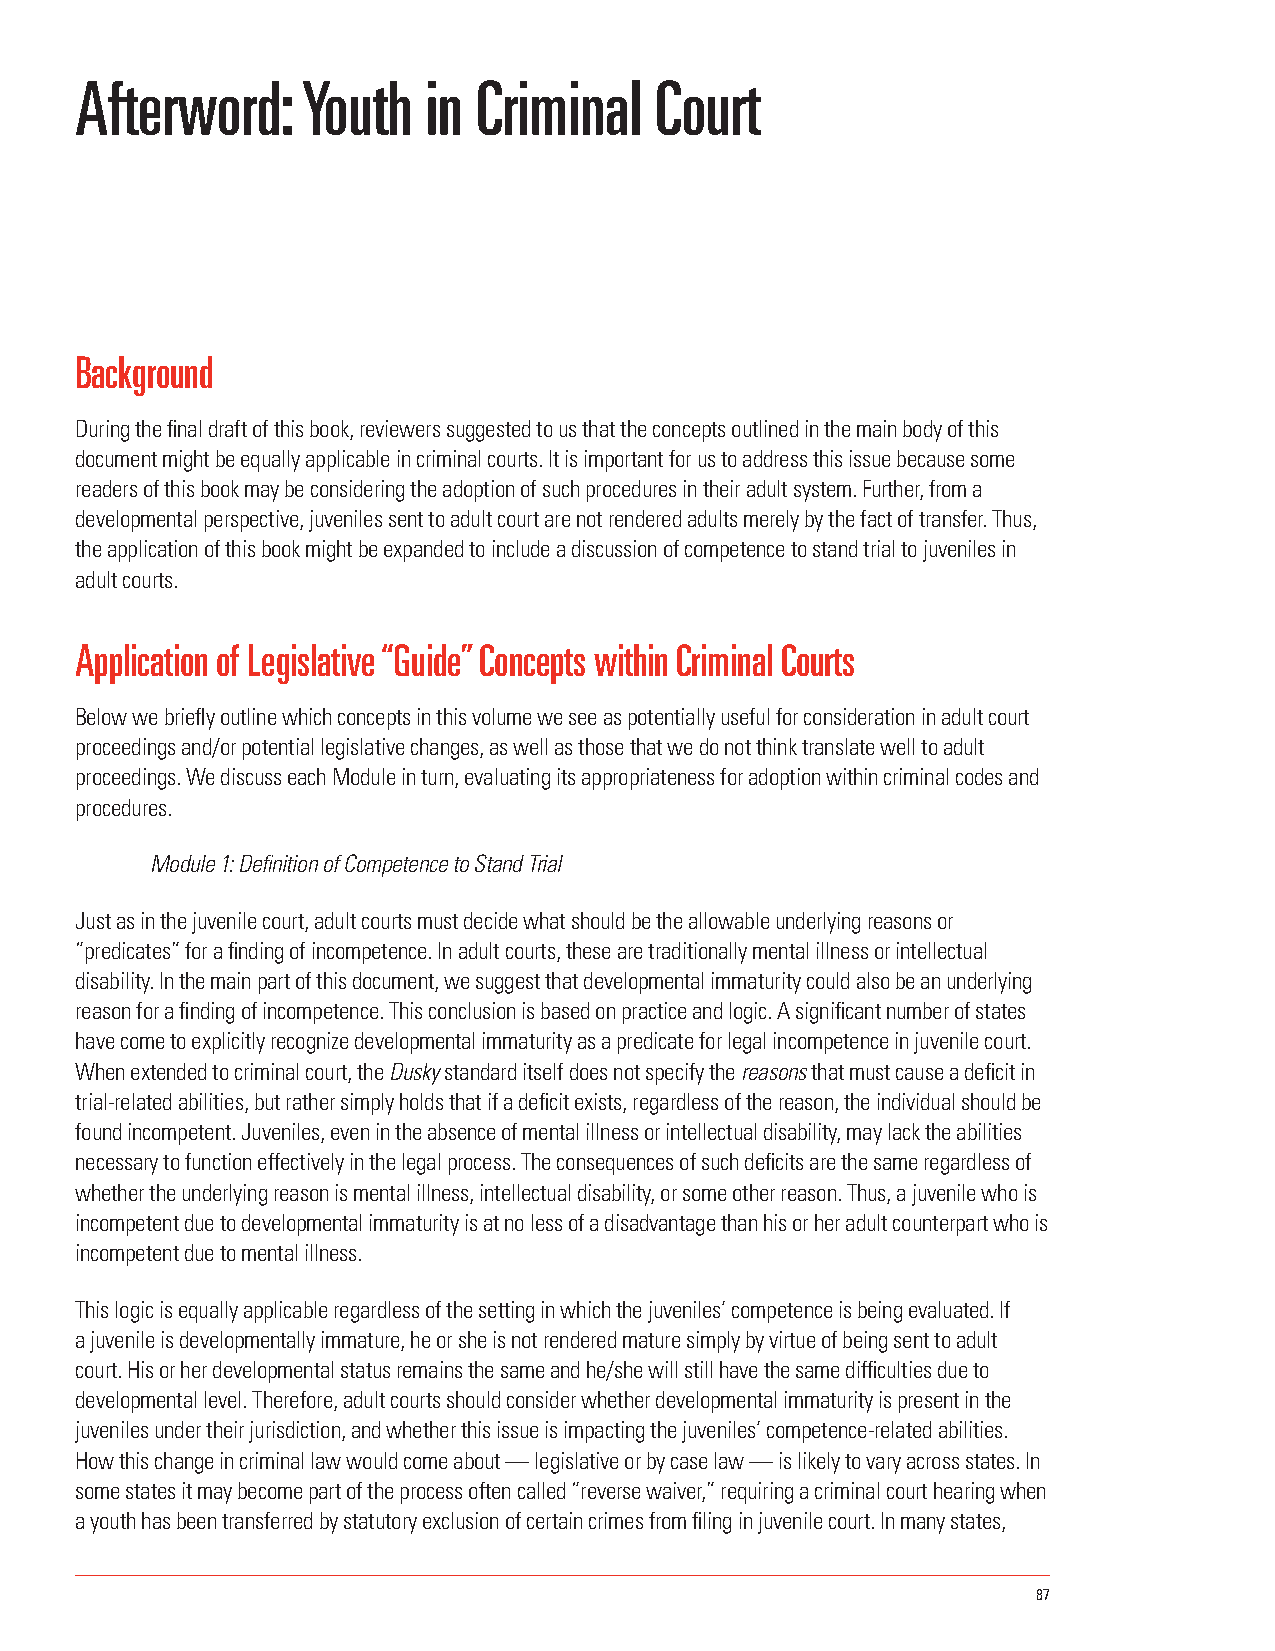
Afterword:     Youth   in  Criminal   Court
 Background
 During the final draft of this book, reviewers suggested to us that the concepts outlined in the main body of this
 document might be equally applicable in criminal courts. It is important for us to address this issue because some
 readers of this book may be considering the adoption of such procedures in their adult system. Further, from a
 developmental perspective, juveniles sent to adult court are not rendered adults merely by the fact of transfer. Thus,
 the application of this book might be expanded to include a discussion of competence to stand trial to juveniles in
 adult courts.
 Application of Legislative “Guide” Concepts within Criminal Courts
 Below we briefly outline which concepts in this volume we see as potentially useful for consideration in adult court
 proceedings and/or potential legislative changes, as well as those that we do not think translate well to adult
 proceedings. We discuss each Module in turn, evaluating its appropriateness for adoption within criminal codes and
 procedures.
 Module 1: Definition of Competence to Stand Trial
 Just as in the juvenile court, adult courts must decide what should be the allowable underlying reasons or
 “predicates” for a finding of incompetence. In adult courts, these are traditionally mental illness or intellectual
 disability. In the main part of this document, we suggest that developmental immaturity could also be an underlying
 reason for a finding of incompetence. This conclusion is based on practice and logic. A significant number of states
 have come to explicitly recognize developmental immaturity as a predicate for legal incompetence in juvenile court.
 When extended to criminal court, the Dusky standard itself does not specify the reasons that must cause a deficit in
 trial-related abilities, but rather simply holds that if a deficit exists, regardless of the reason, the individual should be
 found incompetent. Juveniles, even in the absence of mental illness or intellectual disability, may lack the abilities
 necessary to function effectively in the legal process. The consequences of such deficits are the same regardless of
 whether the underlying reason is mental illness, intellectual disability, or some other reason. Thus, a juvenile who is
 incompetent due to developmental immaturity is at no less of a disadvantage than his or her adult counterpart who is
 incompetent due to mental illness.
 This logic is equally applicable regardless of the setting in which the juveniles’ competence is being evaluated. If
 a juvenile is developmentally immature, he or she is not rendered mature simply by virtue of being sent to adult
 court. His or her developmental status remains the same and he/she will still have the same difficulties due to
 developmental level. Therefore, adult courts should consider whether developmental immaturity is present in the
 juveniles under their jurisdiction, and whether this issue is impacting the juveniles’ competence-related abilities.
 How this change in criminal law would come about — legislative or by case law — is likely to vary across states. In
 some states it may become part of the process often called “reverse waiver,” requiring a criminal court hearing when
 a youth has been transferred by statutory exclusion of certain crimes from filing in juvenile court. In many states,
 87